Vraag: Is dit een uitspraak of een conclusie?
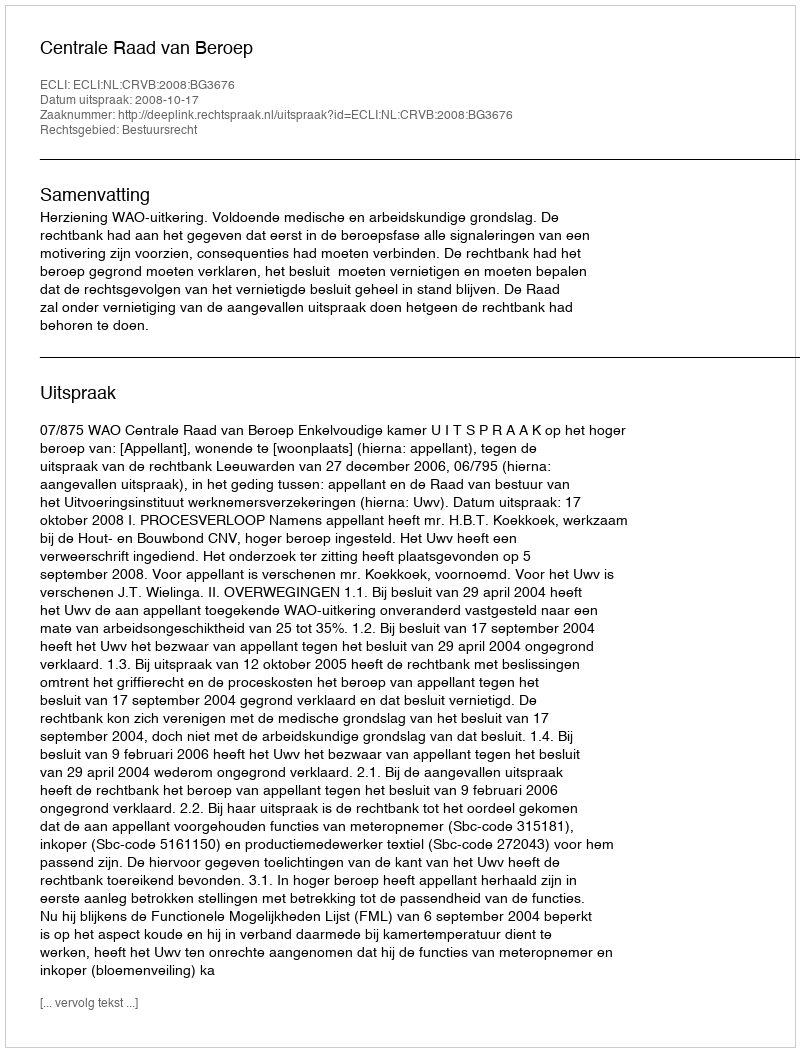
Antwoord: Uitspraak